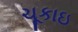
ચૂકાઇ